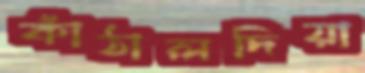
কাঁঠালদিয়া